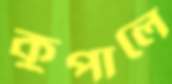
কুপালে